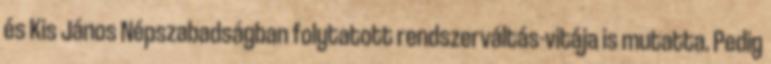
és Kis János Népszabadságban folytatott rendszerváltás-vitája is mutatta. Pedig